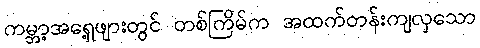
ကမ္ဘာ့အရှေ့ဖျားတွင် တစ်ကြိမ်က အထက်တန်းကျလှသော